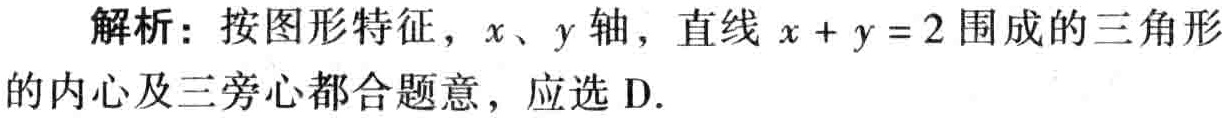
解析：按图形特征，\(x\)、\(y\)轴，直线 \(x + y = 2\)围成的三角形的内心及三旁心都合题意，应选D.